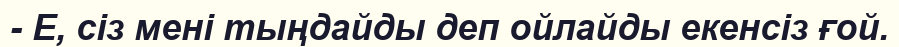
- Е, сіз мені тыңдайды деп ойлайды екенсіз ғой.